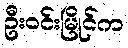
ဦးဝင်းမြိုင်က